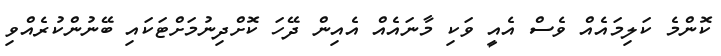
ކޮންމެ ކަލިމައެއް ވެސް އެއީ ވަކި މާނައެއް އެއިން ދޭހަ ކޮށްދިނުމަށްޓަކައި ބޭނުންކުރެއްވި